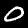
Digit: 0